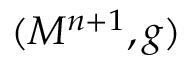
( M ^ { n + 1 } , g )